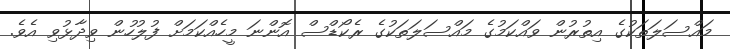
މައްސަލަތަކުގެ އިތުރުން ވައްކަމުގެ މައްސަލަތަކުގެ ރެކޯޑްސް އޮންނަ މީހެއްކަމަށް ފުލުހުން ވިދާޅުވި އެވެ.